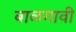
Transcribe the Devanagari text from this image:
बाळगावी